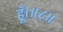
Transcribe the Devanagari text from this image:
हूँ।॥८॥